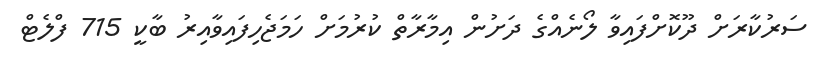
ސަރުކާރަށް ދޫކޮށްފައިވާ ލޯނެއްގެ ދަށުން އިމާރާތް ކުރުމަށް ހަމަޖެހިފައިވާއިރު ބާކީ 715 ފްލެޓް